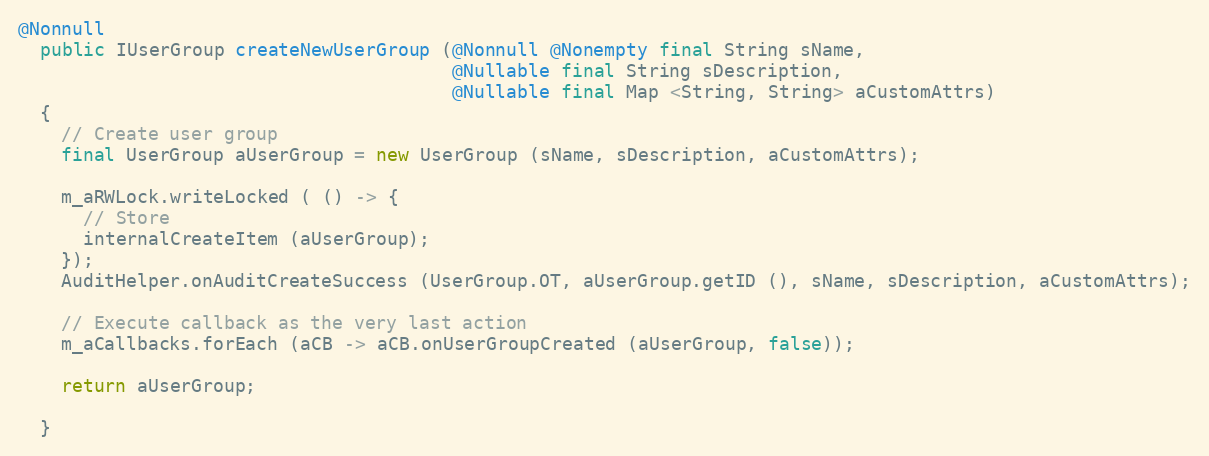
Language: Java
@Nonnull
  public IUserGroup createNewUserGroup (@Nonnull @Nonempty final String sName,
                                        @Nullable final String sDescription,
                                        @Nullable final Map <String, String> aCustomAttrs)
  {
    // Create user group
    final UserGroup aUserGroup = new UserGroup (sName, sDescription, aCustomAttrs);

    m_aRWLock.writeLocked ( () -> {
      // Store
      internalCreateItem (aUserGroup);
    });
    AuditHelper.onAuditCreateSuccess (UserGroup.OT, aUserGroup.getID (), sName, sDescription, aCustomAttrs);

    // Execute callback as the very last action
    m_aCallbacks.forEach (aCB -> aCB.onUserGroupCreated (aUserGroup, false));

    return aUserGroup;

  }